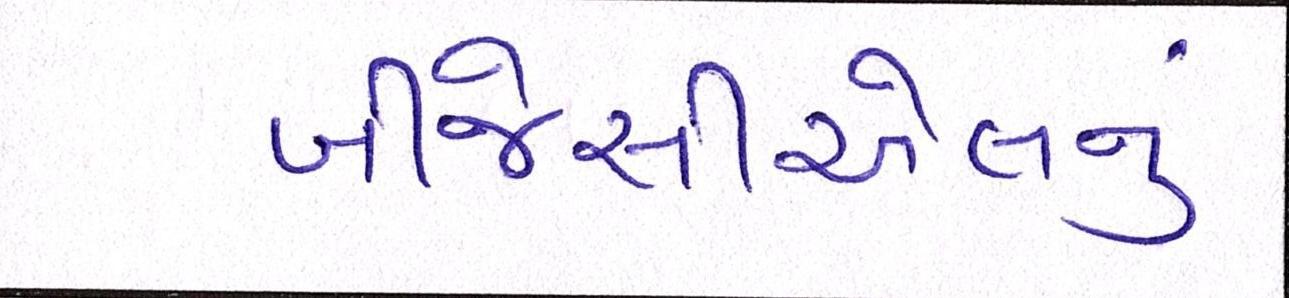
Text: બીજેસીએલનું